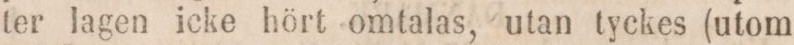
ter lagen icke hört omtalas, utan tyckes (utom